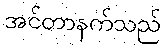
အင်တာနက်သည်